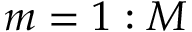
m = 1 : M